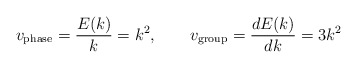
\begin{align*}v_{\rm phase} = {E(k)\over k} = k^{2},\qquad v_{\rm group} = {dE(k)\over dk} = 3k^{2}\end{align*}